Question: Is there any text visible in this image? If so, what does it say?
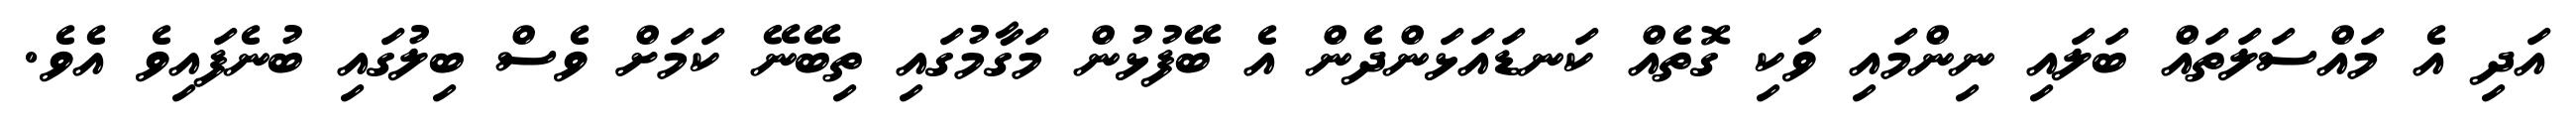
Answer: އަދި އެ މައްސަލަތައް ބަލައި ނިންމައި ވަކި ގޮތެއް ކަނޑައަޅަންދެން އެ ބޭފުޅުން މަގާމުގައި ތިބޭނޭ ކަމަށް ވެސް ބިލުގައި ބުނެފައިވެ އެވެ.